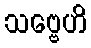
သဗ္ဗေဟိ